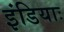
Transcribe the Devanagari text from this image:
इंडियाः